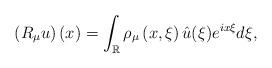
LaTeX: \begin{align*}\left( R_{\mu}u\right) \left( x\right) =\int_{\mathbb{R}}\rho_{\mu}\left(x,\xi\right) \hat{u}(\xi)e^{ix\xi}d\xi, \end{align*}